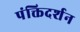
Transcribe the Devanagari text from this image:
पंक्तिदर्शन